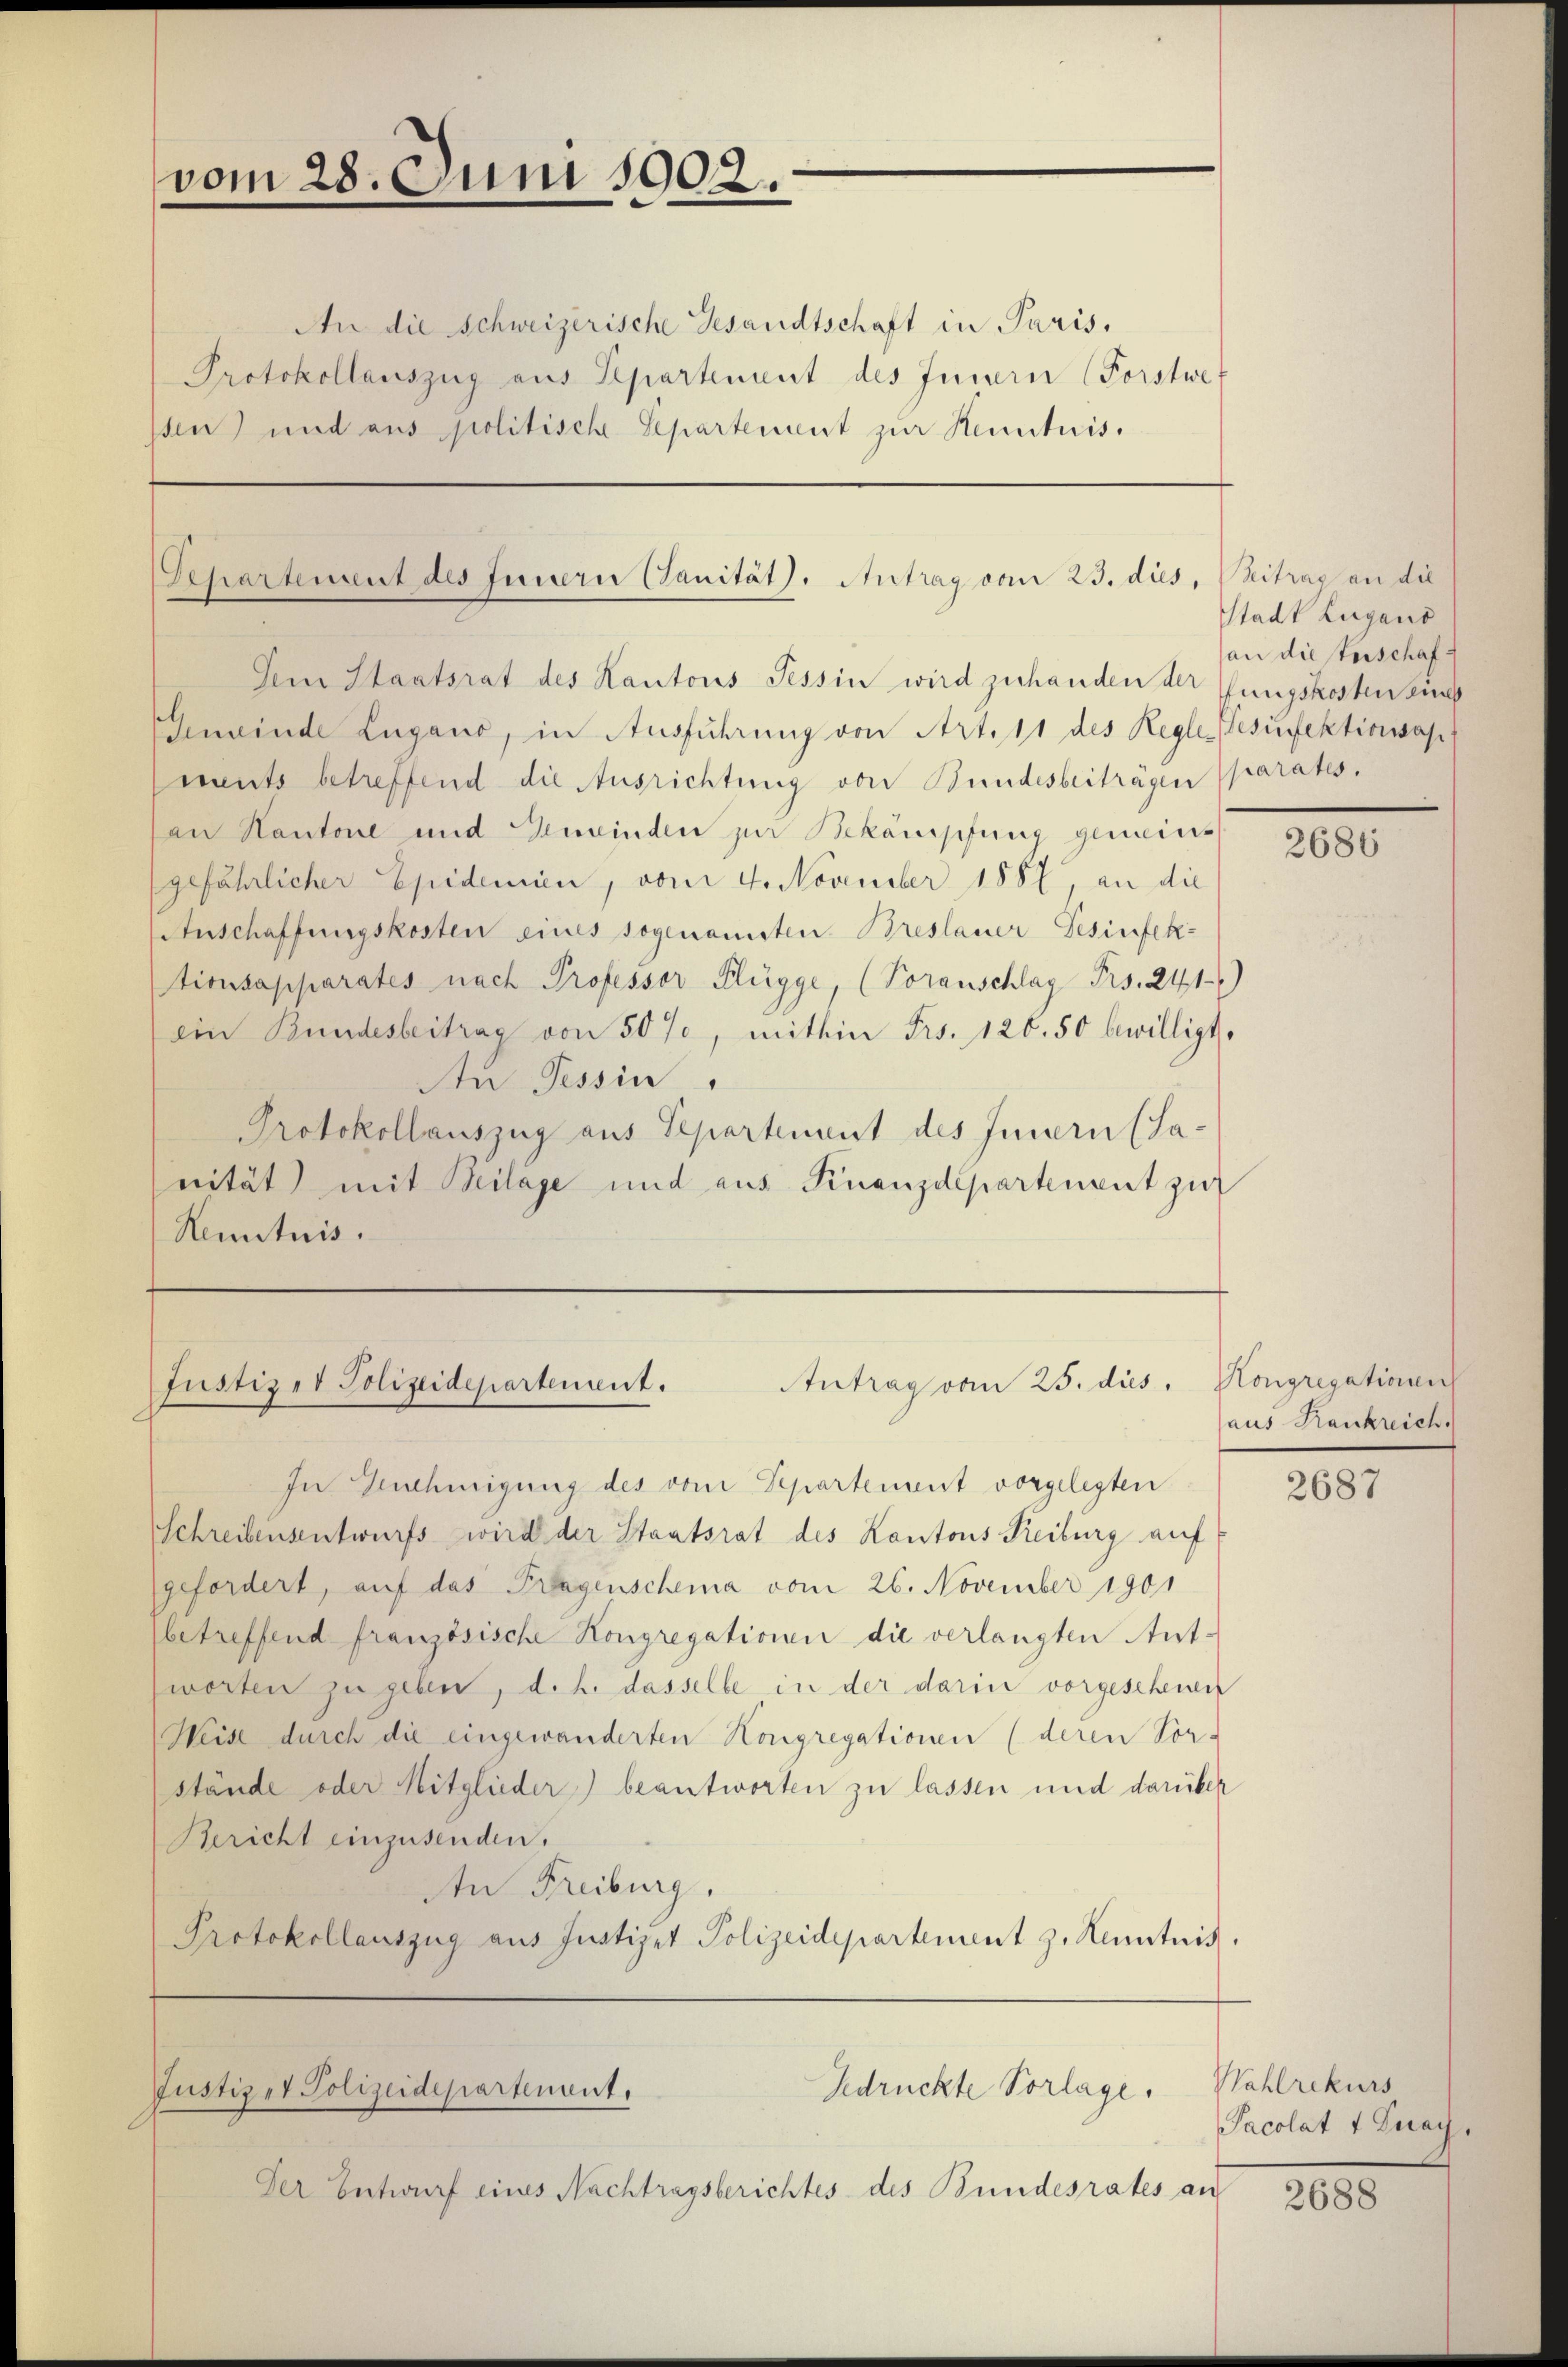
vom 28. Juni 1902.

An die Schweizerische Gesandtschaft in Paris,
Protokollauszug aus Separtement des Innern (Forstwe
sen) und aus politische Separtement zur Kenntnis.

Departement des Innern Canität. Antrag vom 23. dies, Beitrag an die

Antrag vom 25. dus.
Justiz- & Polizeidepartement.

Gedrückte Vorlage.
Justiz et Polizeidepartenant.

Am Staatsrat des Kantons Tessin wird zuhanden der fungskosten aus
Gmeinde Lugano, in Ausführŭng von Art. 11 des Regle- Gesinfektionssap
ments betreffend die Ausrichtung von Bundesbeiträgen parates.
an Kantone und Gemeinden zur Bekämpfung gemeins
gefährlicher Epidemien, vom 4. November 1882, an die
Anschaffungskosten eines sogenansten Breslauer Gesinfek-
tionsapparates nach Professor Flügge, (Voranschlag Frs. 241)
ein Bundesbeitrag von 50%, mithin Frs. 126. 50 bewilligt,
An Tessin,
Protokollauszug aus Separtement des Innern (Sa-
nität) mit Beilage und aus Finanzdepartement zur
Renntnis.

In Genehmigung des vom Separtement vorgelegten
Schreibensentwurfs wird der Staatsrat des Kantons Reiburg auf
gefordert, auf das Pragenschema vom 26. November 1901
betreffend französische Kongregationen die verlangten Ant-
worten zu geben, d. h. dasselbe in der darin vorgeschenen
Weise durch die eingewanderten Kongregationen (deren Vor-
stände oder Mitglieder) beantworten zu lassen und darüber
Bericht einzusenden.
An Freiburg,
Protokollauszug aus Justizet Polizeidepartement z. Kenntnis.

Der Entwurf eines Nachtragsberichtes des Bundesrates an

Stadt Lugano
an die sterschaf¬

2686

Kongregationen
aus Krankreich.

2687

Wahlrekurs
Sacolat + Znay,

2688